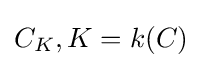
C_{K},K=k(C)